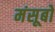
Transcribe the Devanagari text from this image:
मंसूबो